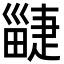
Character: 疀